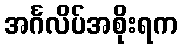
အင်္ဂလိပ်အစိုးရက